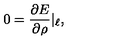
0 = \frac { \partial E } { \partial \rho } | _ { \ell } ,